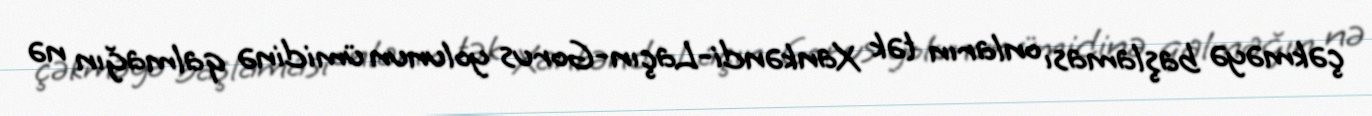
çəkməyə başlaması onların tək Xankəndi-Laçın-Gorus yolunun ümidinə qalmağın nə